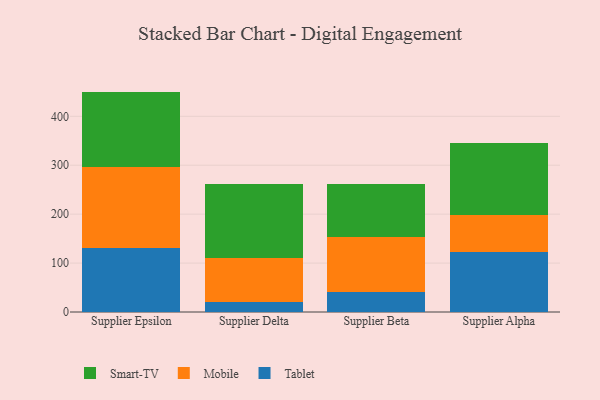
{"axis": {"x": "Supplier", "y": "Latency (ms)"}, "legend": ["Mobile", "Smart-TV", "Tablet"], "data": [{"x": "Supplier Epsilon", "y": 131.5, "type": "Tablet"}, {"x": "Supplier Epsilon", "y": 164.0, "type": "Mobile"}, {"x": "Supplier Epsilon", "y": 155.0, "type": "Smart-TV"}, {"x": "Supplier Delta", "y": 20.1, "type": "Tablet"}, {"x": "Supplier Delta", "y": 91.2, "type": "Mobile"}, {"x": "Supplier Delta", "y": 150.6, "type": "Smart-TV"}, {"x": "Supplier Beta", "y": 41.6, "type": "Tablet"}, {"x": "Supplier Beta", "y": 111.7, "type": "Mobile"}, {"x": "Supplier Beta", "y": 109.1, "type": "Smart-TV"}, {"x": "Supplier Alpha", "y": 123.6, "type": "Tablet"}, {"x": "Supplier Alpha", "y": 74.7, "type": "Mobile"}, {"x": "Supplier Alpha", "y": 147.6, "type": "Smart-TV"}]}